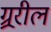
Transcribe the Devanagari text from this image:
ग्र्ररील